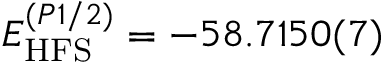
E _ { \mathrm { H F S } } ^ { ( P 1 / 2 ) } = - 5 8 . 7 1 5 0 ( 7 )